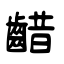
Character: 齰